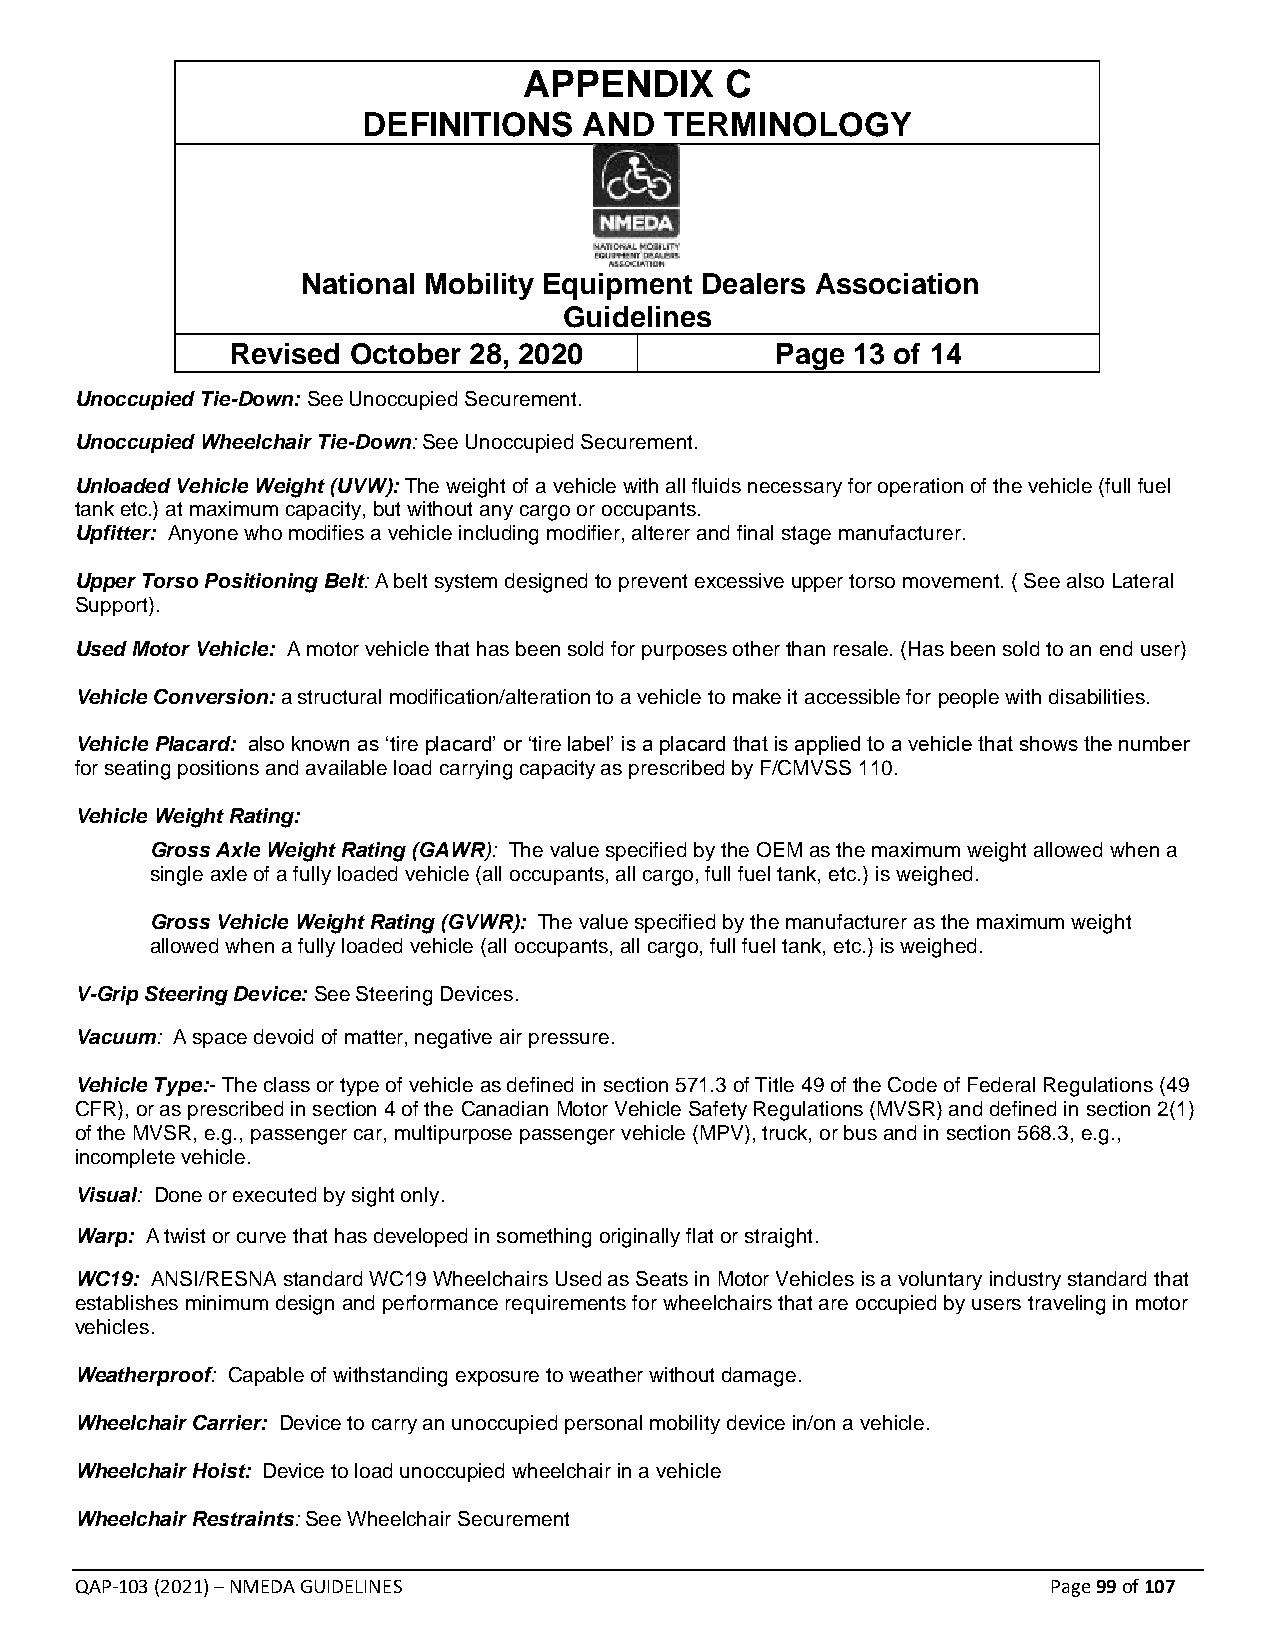
APPENDIX     C
 DEFINITIONS    AND  TERMINOLOGY
 National Mobility Equipment Dealers Association
 Guidelines
 Revised October 28, 2020            Page 13 of 14
 Unoccupied Tie-Down: See Unoccupied Securement.
 Unoccupied Wheelchair Tie-Down: See Unoccupied Securement.
 Unloaded Vehicle Weight (UVW): The weight of a vehicle with all fluids necessary for operation of the vehicle (full fuel
 tank etc.) at maximum capacity, but without any cargo or occupants.
 Upfitter: Anyone who modifies a vehicle including modifier, alterer and final stage manufacturer.
 Upper Torso Positioning Belt: A belt system designed to prevent excessive upper torso movement. ( See also Lateral
 Support).
 Used Motor Vehicle: A motor vehicle that has been sold for purposes other than resale. (Has been sold to an end user)
 Vehicle Conversion: a structural modification/alteration to a vehicle to make it accessible for people with disabilities.
 Vehicle Placard: also known as ‘tire placard’ or ‘tire label’ is a placard that is applied to a vehicle that shows the number
 for seating positions and available load carrying capacity as prescribed by F/CMVSS 110.
 Vehicle Weight Rating:
 Gross Axle Weight Rating (GAWR): The value specified by the OEM as the maximum weight allowed when a
 single axle of a fully loaded vehicle (all occupants, all cargo, full fuel tank, etc.) is weighed.
 Gross Vehicle Weight Rating (GVWR): The value specified by the manufacturer as the maximum weight
 allowed when a fully loaded vehicle (all occupants, all cargo, full fuel tank, etc.) is weighed.
 V-Grip Steering Device: See Steering Devices.
 Vacuum: A space devoid of matter, negative air pressure.
 Vehicle Type:- The class or type of vehicle as defined in section 571.3 of Title 49 of the Code of Federal Regulations (49
 CFR), or as prescribed in section 4 of the Canadian Motor Vehicle Safety Regulations (MVSR) and defined in section 2(1)
 of the MVSR, e.g., passenger car, multipurpose passenger vehicle (MPV), truck, or bus and in section 568.3, e.g.,
 incomplete vehicle.
 Visual: Done or executed by sight only.
 Warp: A twist or curve that has developed in something originally flat or straight.
 WC19: ANSI/RESNA standard WC19 Wheelchairs Used as Seats in Motor Vehicles is a voluntary industry standard that
 establishes minimum design and performance requirements for wheelchairs that are occupied by users traveling in motor
 vehicles.
 Weatherproof: Capable of withstanding exposure to weather without damage.
 Wheelchair Carrier: Device to carry an unoccupied personal mobility device in/on a vehicle.
 Wheelchair Hoist: Device to load unoccupied wheelchair in a vehicle
 Wheelchair Restraints: See Wheelchair Securement
 QAP-103 (2021) – NMEDA GUIDELINES                                Page 99 of 107